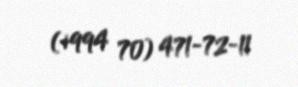
(+994 70) 471-72-11